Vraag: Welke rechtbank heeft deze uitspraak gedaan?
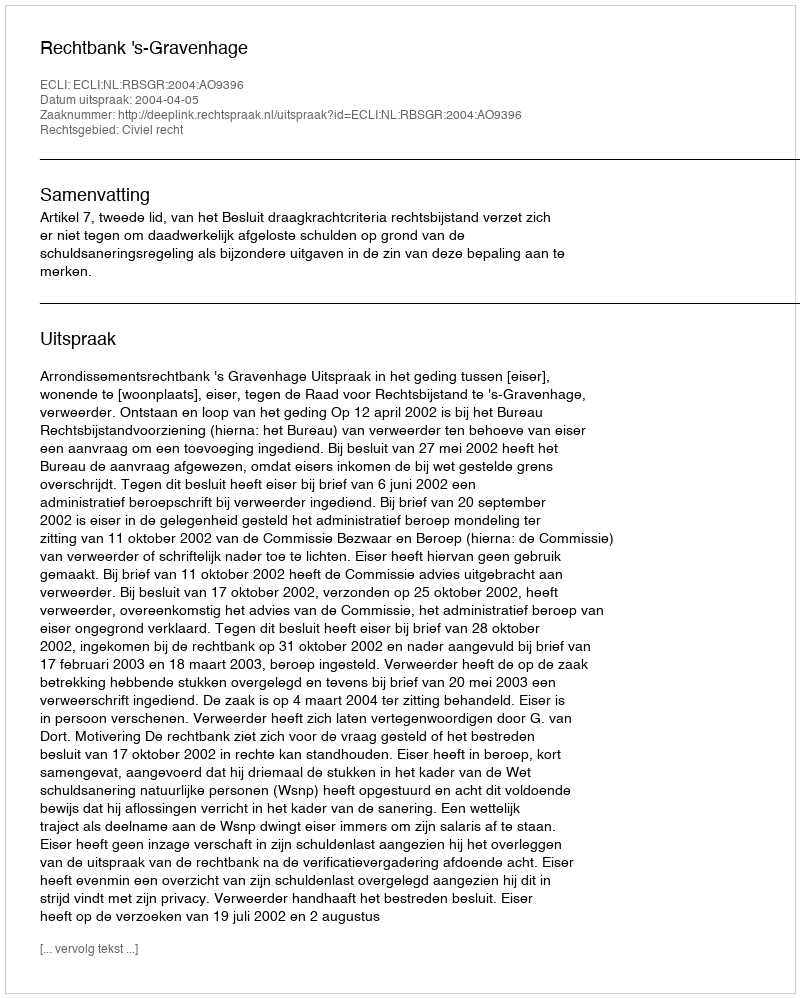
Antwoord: Rechtbank 's-Gravenhage